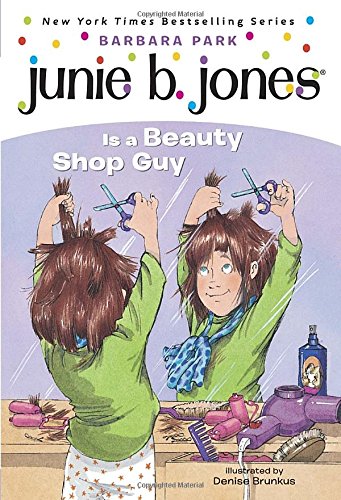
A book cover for Junie B. Jones Is a Beauty Shop Guy (Junie B. Jones, No. 11); Barbara Park; Children's Books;